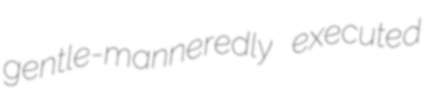
gentle-manneredly executed